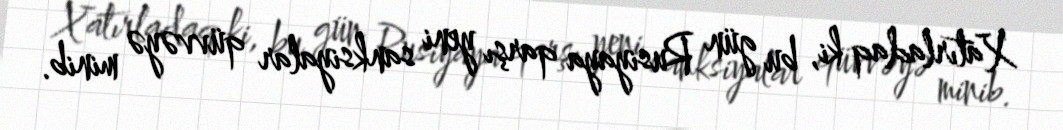
Xatırladaq ki, bu gün Rusiyaya qarşı yeni sanksiyalar qüvvəyə minib.